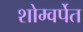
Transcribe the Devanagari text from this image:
शोम्वर्पेत